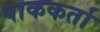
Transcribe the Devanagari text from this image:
पाककर्ता